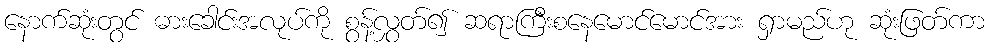
နောက်ဆုံးတွင် ဓားခေါင်းအလုပ်ကို စွန့်လွှတ်၍ ဆရာကြီးစနေမောင်မောင်အား ရှာမည်ဟု ဆုံးဖြတ်ကာ